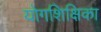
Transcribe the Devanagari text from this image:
योगशिक्षिका